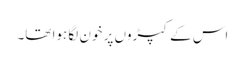
اس کے کپڑوں پر خون لگا ہوا تھا۔